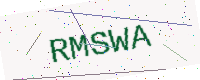
Text: RMSWA